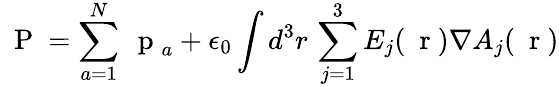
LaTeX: \mathrm{~\mathbf~P~}=\sum_{a=1}^{N}\mathrm{~\mathbf~p~}_{a}+\epsilon_{0}\int d^{3}r\, \sum_{j=1}^{3}E_{j}(\mathrm{~\mathbf~r~})\nabla A_{j}(\mathrm{~\mathbf~r~})